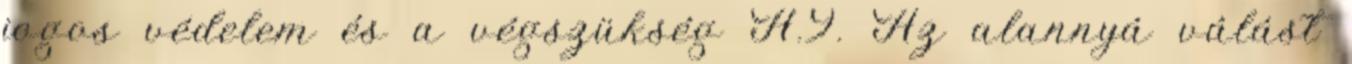
jogos védelem és a végszükség A.9. Az alannyá válást